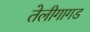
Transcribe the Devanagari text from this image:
तेलीगागड